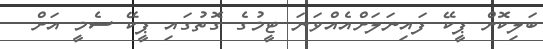
ބަލިކޮށް ޕީކޭ ފައިނަލަށްއެއްވަނަ ޓީމުގެ ގޮތުގައި ޕީކޭ ސެމީ އަށް